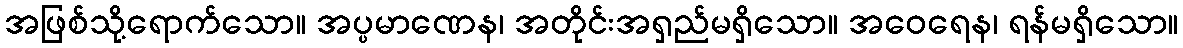
အဖြစ်သို့ရောက်သော။ အပ္ပမာဏေန၊ အတိုင်းအရှည်မရှိသော။ အဝေရေန၊ ရန်မရှိသော။